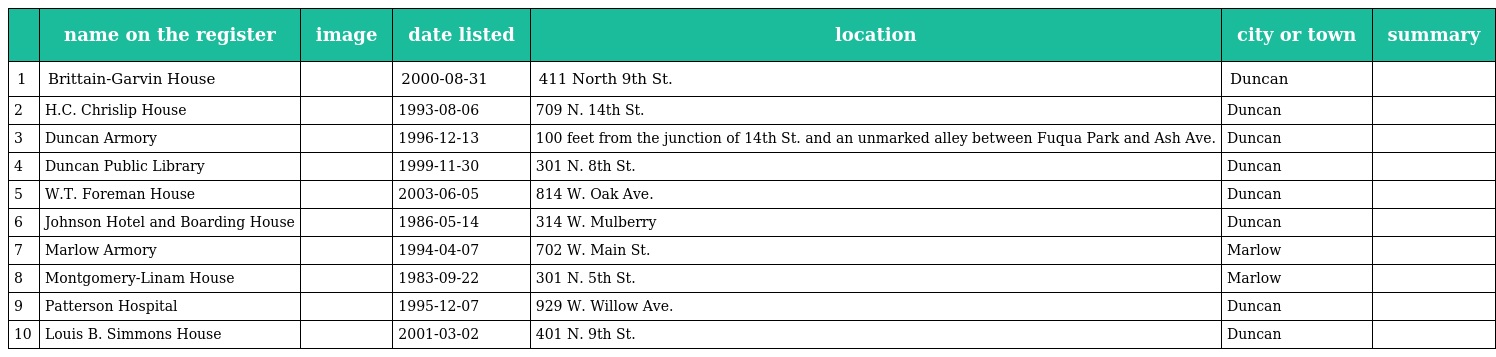
|  | name on the register | image | date listed | location | city or town | summary |
 | --- | --- | --- | --- | --- | --- | --- |
 | 1 | Brittain-Garvin House |  | 2000-08-31 | 411 North 9th St. | Duncan |  |
 | 2 | H.C. Chrislip House |  | 1993-08-06 | 709 N. 14th St. | Duncan |  |
 | 3 | Duncan Armory |  | 1996-12-13 | 100 feet from the junction of 14th St. and an unmarked alley between Fuqua Park and Ash Ave. | Duncan |  |
 | 4 | Duncan Public Library |  | 1999-11-30 | 301 N. 8th St. | Duncan |  |
 | 5 | W.T. Foreman House |  | 2003-06-05 | 814 W. Oak Ave. | Duncan |  |
 | 6 | Johnson Hotel and Boarding House |  | 1986-05-14 | 314 W. Mulberry | Duncan |  |
 | 7 | Marlow Armory |  | 1994-04-07 | 702 W. Main St. | Marlow |  |
 | 8 | Montgomery-Linam House |  | 1983-09-22 | 301 N. 5th St. | Marlow |  |
 | 9 | Patterson Hospital |  | 1995-12-07 | 929 W. Willow Ave. | Duncan |  |
 | 10 | Louis B. Simmons House |  | 2001-03-02 | 401 N. 9th St. | Duncan |  |